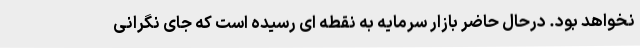
نخواهد بود. درحال حاضر بازار سرمایه به نقطه ای رسیده است که جای نگرانی